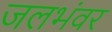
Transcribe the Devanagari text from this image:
जलभंवर